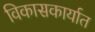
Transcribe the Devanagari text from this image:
विकासकार्यात